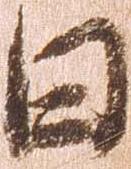
日